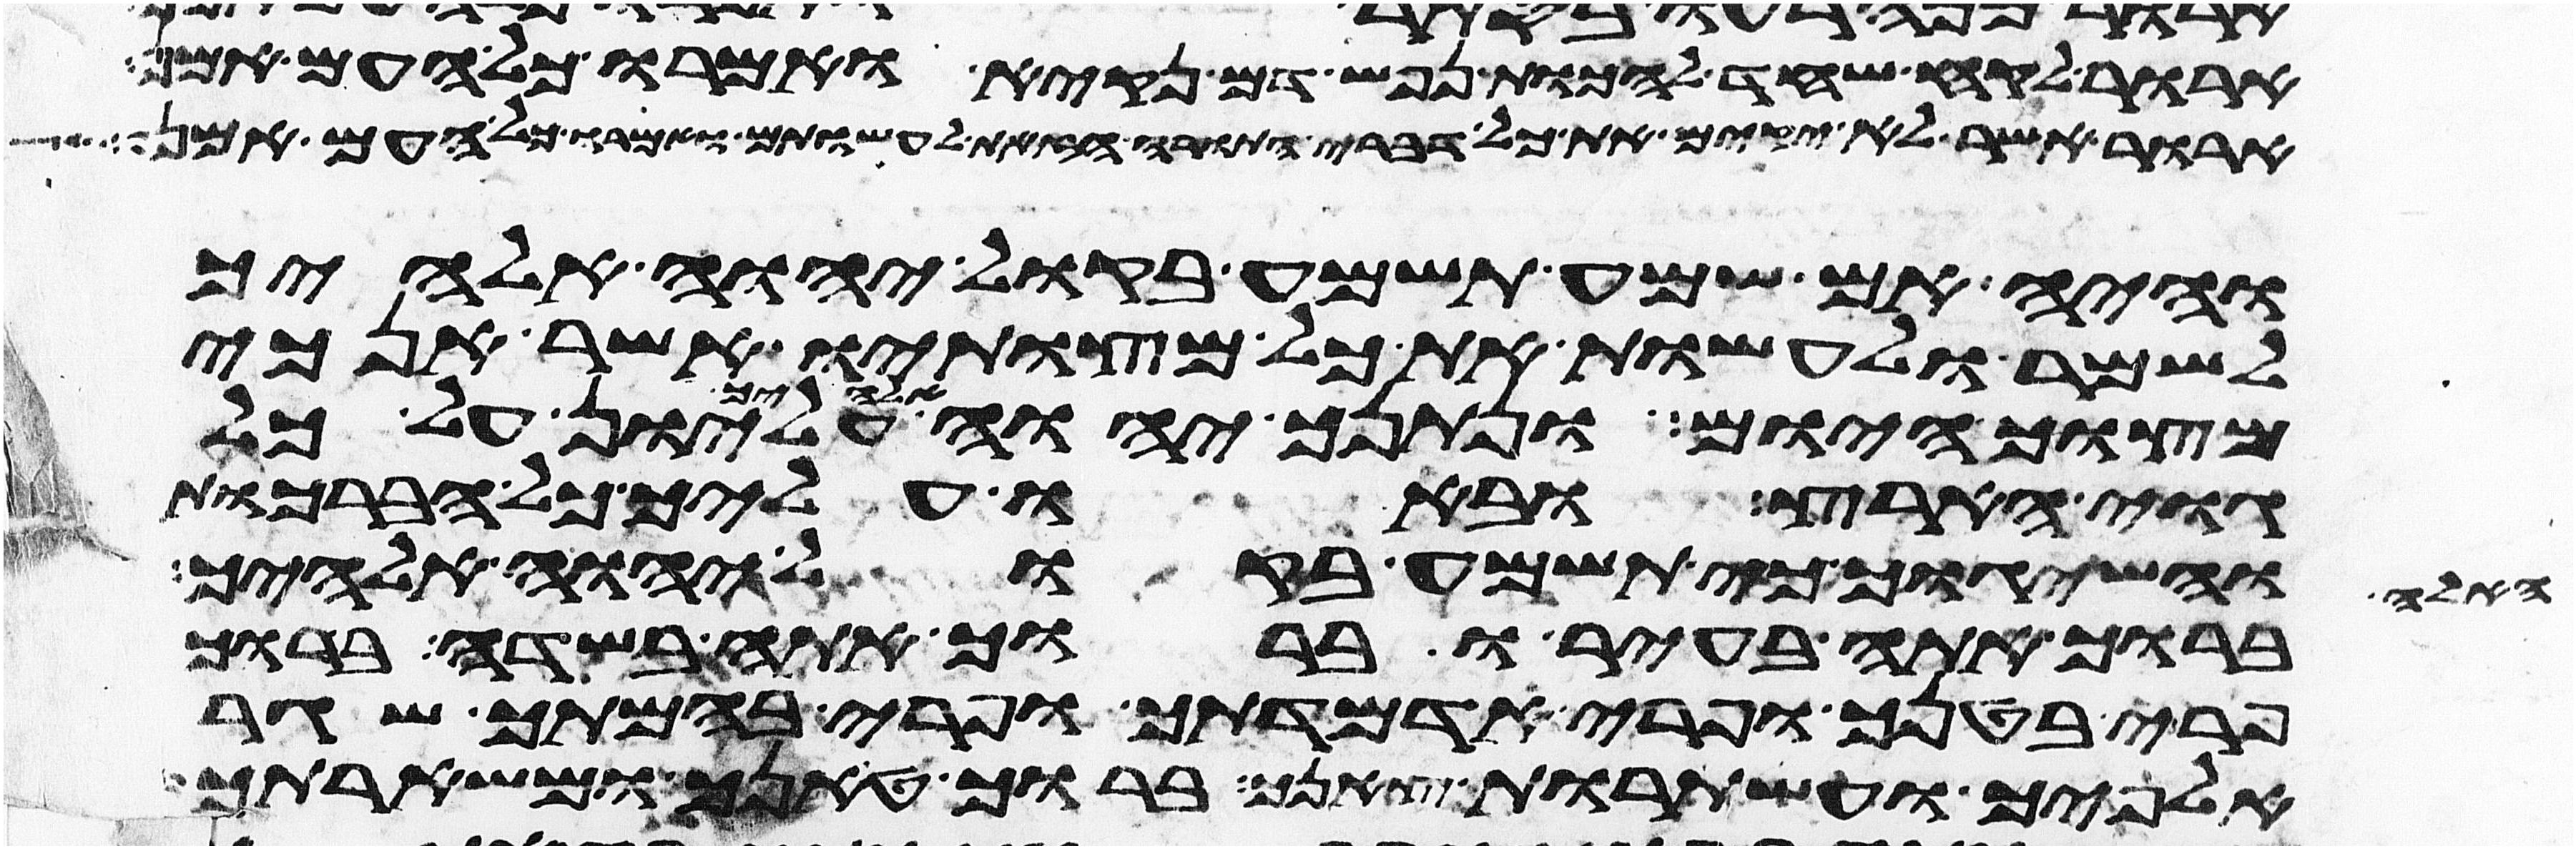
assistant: ארור לקח שחד להכות נפש דם נקיא ואמרו כל העם אמן
ארור אשר לא יקים את כל דברי התורה הזאת לעשותם ואמרו כל העם אמן
והיה אם שמע תשמע בקול יהוה אלהיך
לשמר לעשות את כל מצותיו אשר אנכי
מצוך היום ונתנך יהוה אלהיך עליון על כל
גוי הארץ ובאו עליך כל הברכות
האלה והשיגוך כי תשמע בקול יהוה אלהיך
ברוך אתה בעיר וברוך אתה בשדה ברוך
פרי בטנך ופרי אדמתך ופרי בהמתך שגר
אלפיך ועשתרות צאנך ברוך טנאך ומשארתך